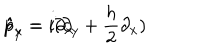
LaTeX: \hat { p } _ { x } = i \partial _ { x } \hspace { 2 c m } \hat { p } _ { y } = i ( \partial _ { y } + { \frac { h } { 2 } } \partial _ { x } )